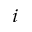
_ i